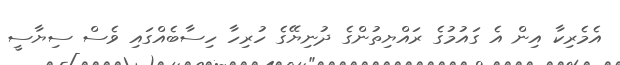
އެމެރިކާ އިން އެ ގައުމުގެ ރައްޔިތުންގެ ދުނިޔޭގެ ހުރިހާ ހިސާބެއްގައި ވެސް ސިޔާސީ